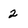
Character: 2